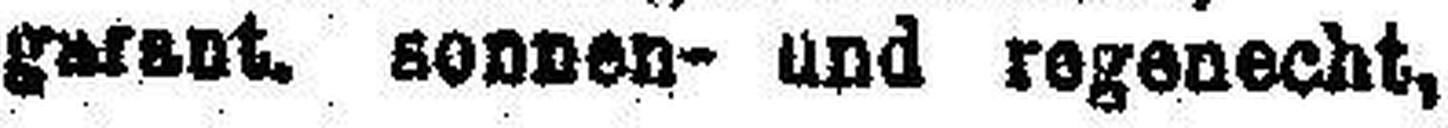
g###ot, sonnen- und regenecht,